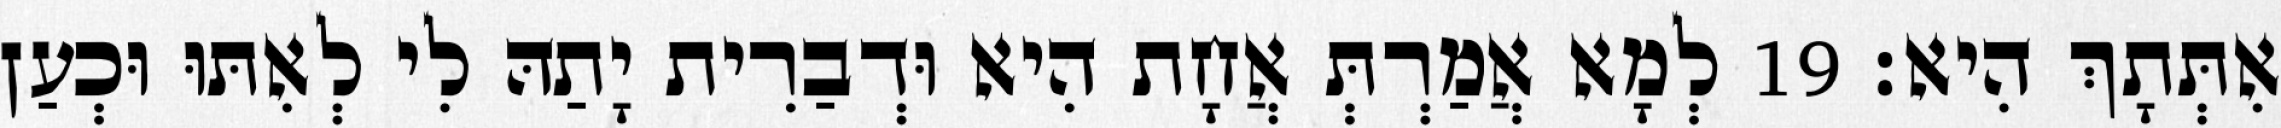
אִתְּתָךְ הִיא׃ 19 לְמָא אֲמַרְתְּ אֲחָת הִיא וּדְבַרִית יָתַהּ לִי לְאִתּוּ וּכְעַן